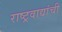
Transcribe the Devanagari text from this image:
राष्ट्रवाद्यांची